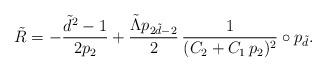
LaTeX: \begin{align*}\tilde{R} = -\frac{\tilde{d}^2-1}{2p_2} + \frac{ \tilde{\Lambda} p_{2\tilde{d}-2} }{2} \, \frac{1}{(C_2+C_1\, p_2)^2}\circ p_{\tilde{d}}.\end{align*}